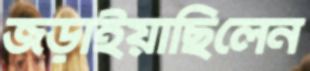
জড়াইয়াছিলেন